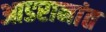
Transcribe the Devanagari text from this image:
आडरानांत